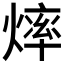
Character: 𱬎